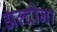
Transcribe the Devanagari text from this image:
अल्दोना